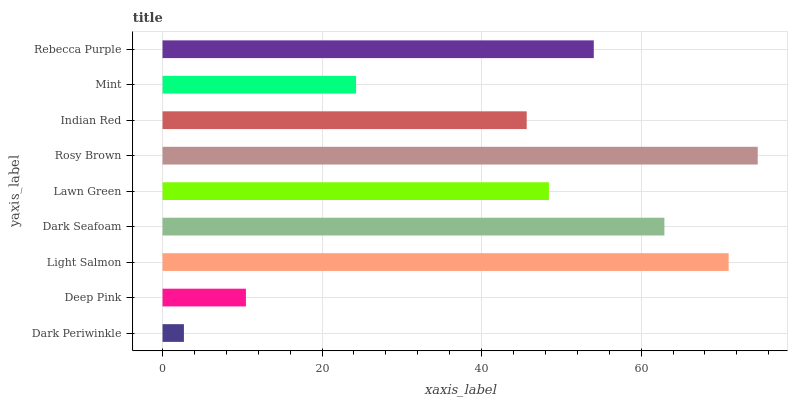
| yaxis_label | bars |
 | --- | --- |
 | Dark Periwinkle | 2.68 |
 | Deep Pink | 10.5 |
 | Light Salmon | 71 |
 | Dark Seafoam | 62.9 |
 | Lawn Green | 48.4 |
 | Rosy Brown | 74.6 |
 | Indian Red | 45.7 |
 | Mint | 24.3 |
 | Rebecca Purple | 54.1 |